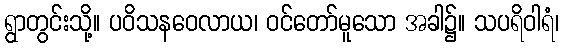
ရွာတွင်းသို့။ ပဝိသနဝေလာယ၊ ဝင်တော်မူသော အခါ၌။ သပရိဝါရံ၊